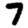
Digit: 7